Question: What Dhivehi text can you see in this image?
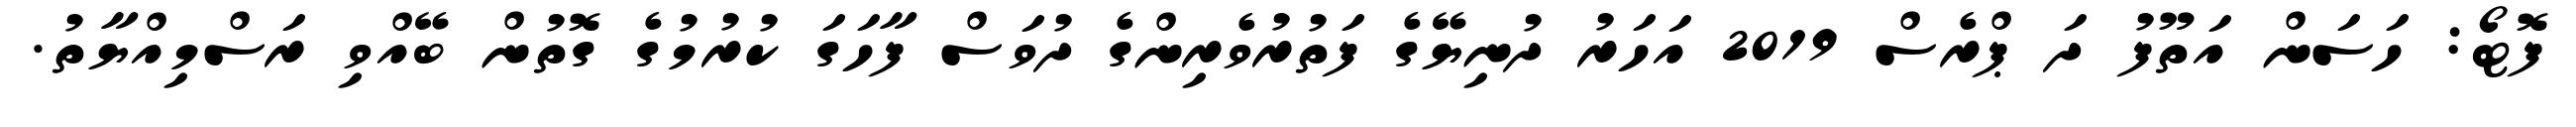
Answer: ފޮޓޯ: ހަސަން އަތޫފު ދަ ޕްރެސް 2019 އަހަރު ދުނިޔޭގެ ފަތުރުވެރިންގެ ދުވަސް ފާހަގަ ކުރުމުގެ ގޮތުން ބޭއްވި ރަސްމިއްޔާތު.